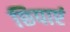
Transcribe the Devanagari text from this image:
छिपाएं